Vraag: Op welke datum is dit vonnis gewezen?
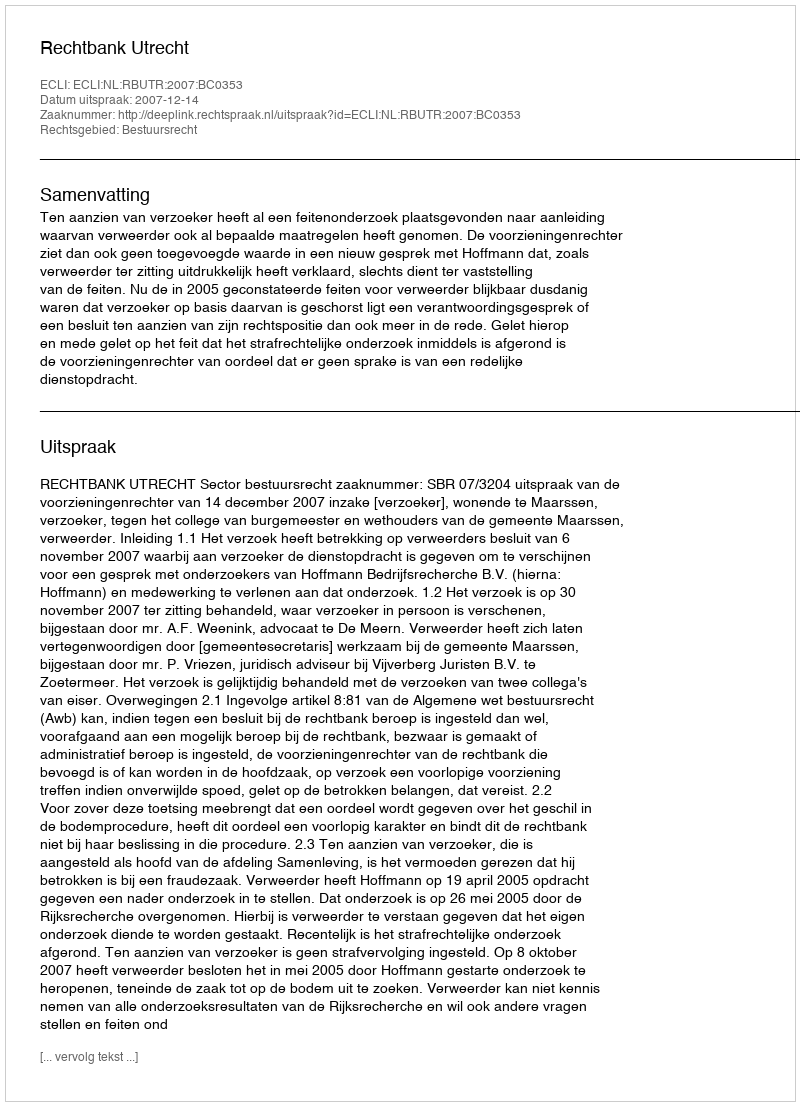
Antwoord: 2007-12-14